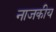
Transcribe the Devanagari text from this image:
नाजकीय